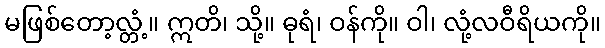
မဖြစ်တော့လ္တံ့။ ဣတိ၊ သို့။ ဓုရံ၊ ဝန်ကို။ ဝါ၊ လုံ့လဝီရိယကို။